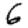
Digit: 6